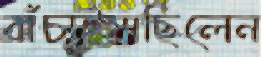
বাঁচাইয়াছিলেন